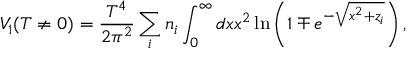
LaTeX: V _ { 1 } ( T \neq 0 ) = \frac { T ^ { 4 } } { 2 \pi ^ { 2 } } \sum _ { i } n _ { i } \int _ { 0 } ^ { \infty } d x x ^ { 2 } \ln \left( 1 \mp e ^ { - \sqrt { x ^ { 2 } + z _ { i } } } \right) ,